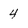
Character: 4